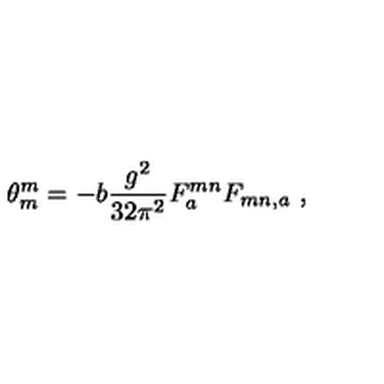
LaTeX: \theta _ { m } ^ { m } = - b \frac { g ^ { 2 } } { 3 2 \pi ^ { 2 } } F _ { a } ^ { m n } F _ { m n , a } \ ,